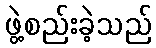
ဖွဲ့စည်းခဲ့သည်